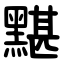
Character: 黮